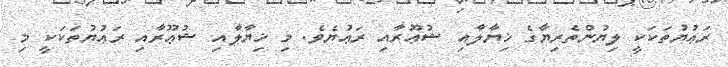
ރަޢުޔުތަކަކީ ލިޔުންތެރިޔާގެ ޚިޔާލާއި ޝުޢޫރާއި ރަޢުޔެވެ. މި ޚިޔާލާއި ޝުޢޫރާއި ރަޢުޔުތަކަކީ މި